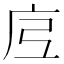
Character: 𭙗